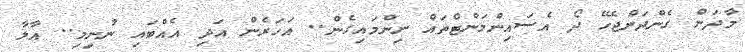
މާދަން ގެންދަންޖެހޭ ދޯ އެސައިންމަންޓްތައް ނިންމައިގެން.. އަހަރެން އަދި އެއްބައި ނުނިމި.. އާލާ